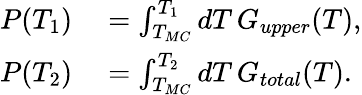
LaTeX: \begin{array}{rl}{P(T_{1})}&{{}=\int_{T_{MC}}^{T_{1}}\mathop{dT}G_{upper}(T),}\\ {P(T_{2})}&{{}=\int_{T_{MC}}^{T_{2}}\mathop{dT}G_{total}(T).}\end{array}